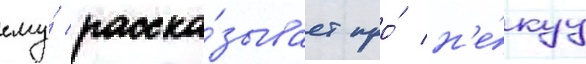
ему́ расска́зывает про́ н'е́куу